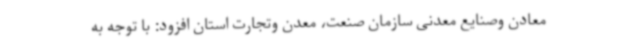
معادن وصنایع معدنی سازمان صنعت، معدن وتجارت استان افزود: با توجه به